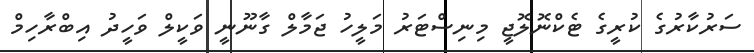
ސަރުކާރުގެ ކުރީގެ ޓެކްނޮލޮޖީ މިނިސްޓަރު މަލީހު ޖަމާލް ގާނޫނީ ވަކީލް ވަހީދު އިބްރާހިމް